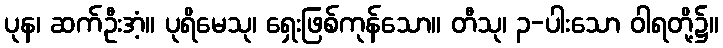
ပုန၊ ဆက်ဦးအံ့။ ပုရိမေသု၊ ရှေးဖြစ်ကုန်သော။ တီသု၊ ၃-ပါးသော ဝါရတို့၌။